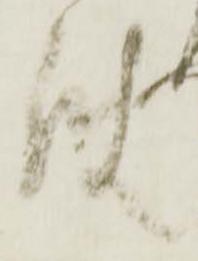
使